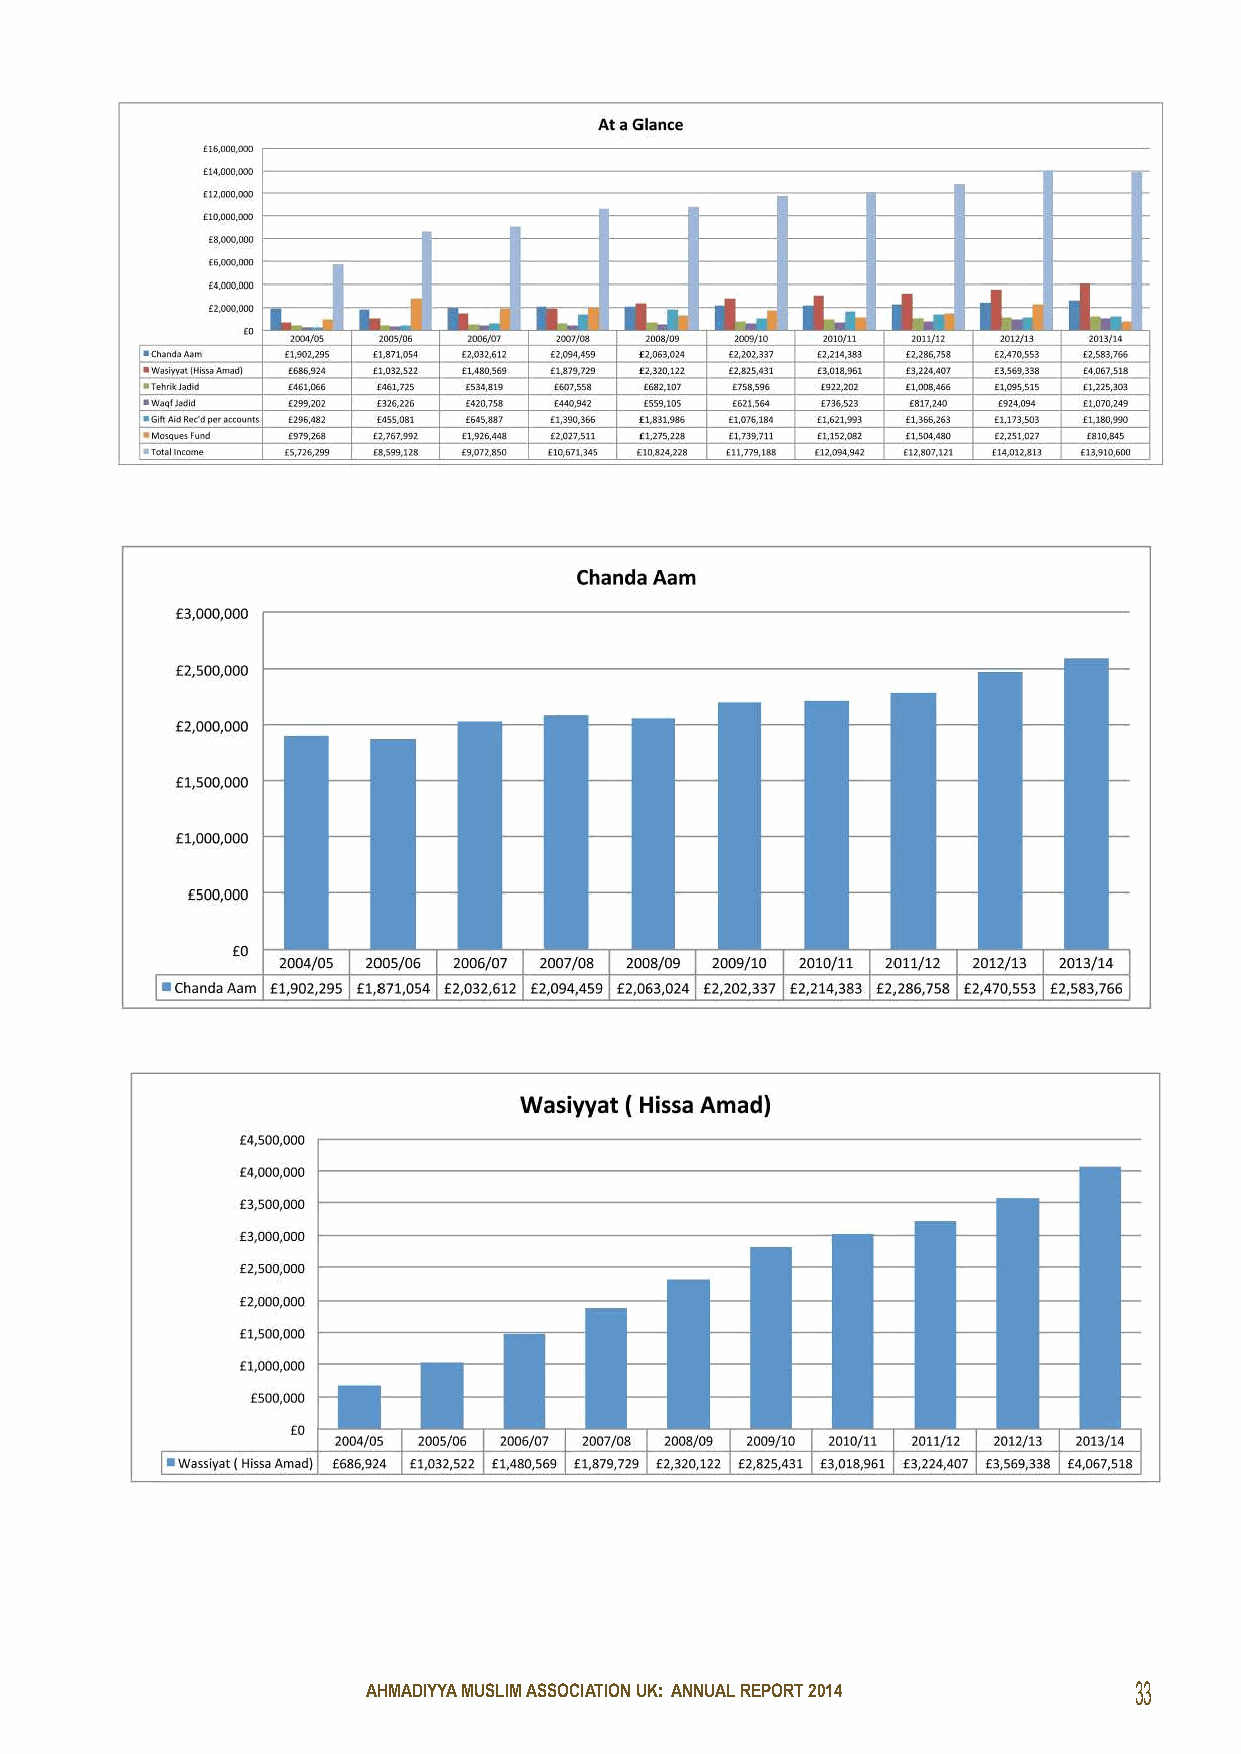
AHMADIYYA MUSLIM ASSOCIATION UK: ANNUAL REPORT 2014 33
 SHPARG